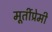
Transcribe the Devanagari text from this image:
मूर्तीप्रेमी